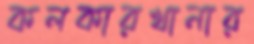
কলকারখানার